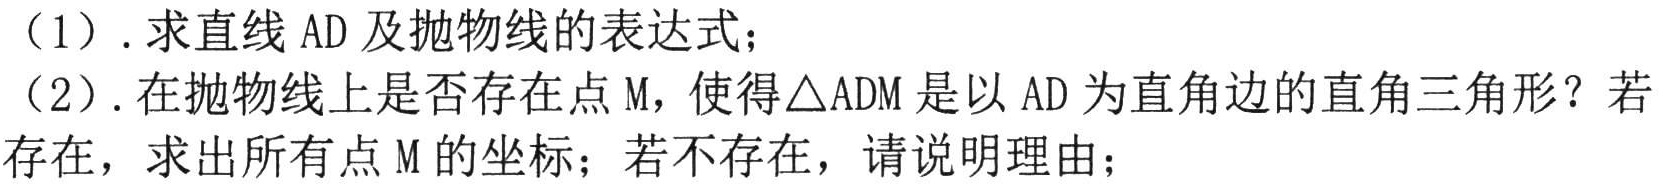
(1). 求直线\(AD\)及抛物线的表达式；
(2). 在抛物线上是否存在点\(M\)，使得\(\triangle ADM\)是以\(AD\)为直角边的直角三角形？若
存在，求出所有点\(M\)的坐标；若不存在，请说明理由；